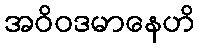
အဝိဝဒမာနေဟိ